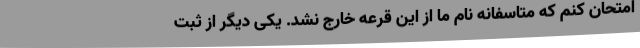
امتحان کنم که متاسفانه نام ما از این قرعه خارج نشد. یکی دیگر از ثبت